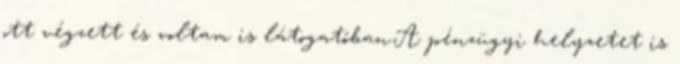
ott végzett és voltam is látogatóban.A pénzügyi helyzetet is